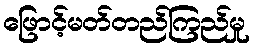
ဖြောင့်မတ်တည်ကြည်မှု